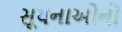
સૂચનાઓનો